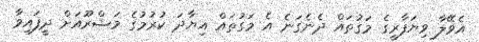
އެވޭލާ ވިޔަފާރީގެ މަގުތައް ދެނެގަނެ އެ މަގުތައް އިޔާދަ ކުރުމުގެ މަޝްރޫއަށް ދީފައިވާ